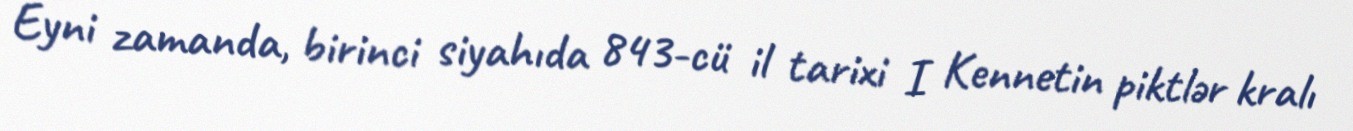
Eyni zamanda, birinci siyahıda 843-cü il tarixi I Kennetin piktlər kralı